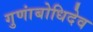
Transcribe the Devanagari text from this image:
गुणांबोधिदेव